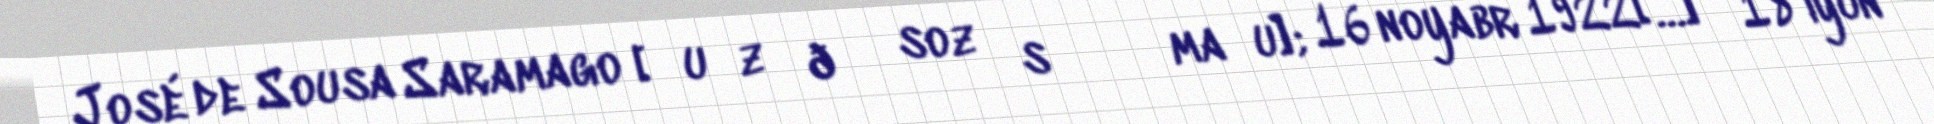
José de Sousa Saramago [ʒuˈzɛ ðɨ ˈsozɐ sɐɾɐˈmaɣu]; 16 noyabr 1922[…] – 18 iyun